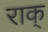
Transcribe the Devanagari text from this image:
राक्‌